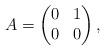
LaTeX: \begin{align*}A=\begin{pmatrix} 0 & 1\\ 0 & 0\end{pmatrix},\end{align*}